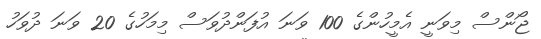
ޖޯންސް މިވަނީ އެމީހުންގެ 100 ވަނަ އުފަންދުވަސް މިމަހުގެ 20 ވަނަ ދުވަހު